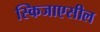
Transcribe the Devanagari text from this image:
स्किजाएसील